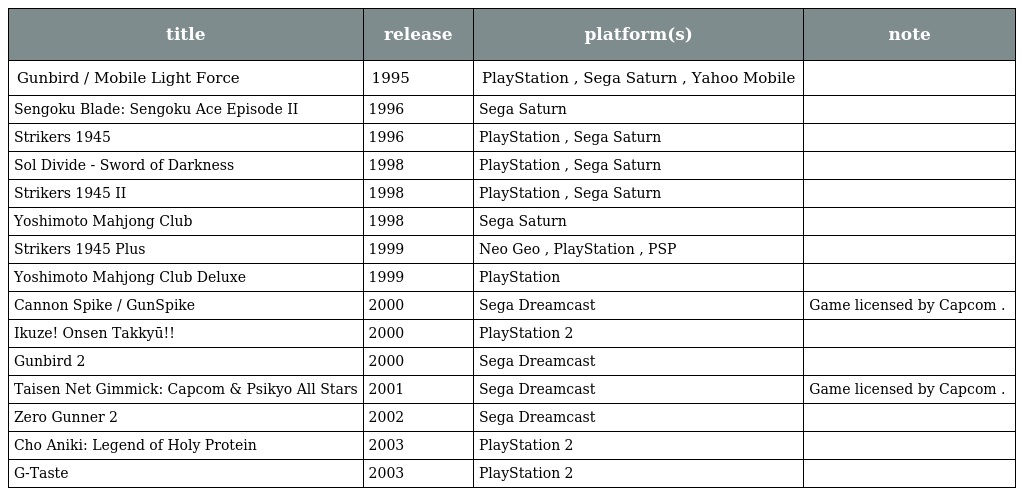
| title | release | platform(s) | note |
 | --- | --- | --- | --- |
 | Gunbird / Mobile Light Force | 1995 | PlayStation , Sega Saturn , Yahoo Mobile |  |
 | Sengoku Blade: Sengoku Ace Episode II | 1996 | Sega Saturn |  |
 | Strikers 1945 | 1996 | PlayStation , Sega Saturn |  |
 | Sol Divide - Sword of Darkness | 1998 | PlayStation , Sega Saturn |  |
 | Strikers 1945 II | 1998 | PlayStation , Sega Saturn |  |
 | Yoshimoto Mahjong Club | 1998 | Sega Saturn |  |
 | Strikers 1945 Plus | 1999 | Neo Geo , PlayStation , PSP |  |
 | Yoshimoto Mahjong Club Deluxe | 1999 | PlayStation |  |
 | Cannon Spike / GunSpike | 2000 | Sega Dreamcast | Game licensed by Capcom . |
 | Ikuze! Onsen Takkyū!! | 2000 | PlayStation 2 |  |
 | Gunbird 2 | 2000 | Sega Dreamcast |  |
 | Taisen Net Gimmick: Capcom & Psikyo All Stars | 2001 | Sega Dreamcast | Game licensed by Capcom . |
 | Zero Gunner 2 | 2002 | Sega Dreamcast |  |
 | Cho Aniki: Legend of Holy Protein | 2003 | PlayStation 2 |  |
 | G-Taste | 2003 | PlayStation 2 |  |